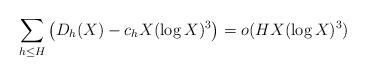
LaTeX: \begin{align*} \sum_{h\leq H}\left(D_h(X)-c_h X(\log X)^3\right)=o(HX(\log X)^3) \end{align*}